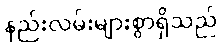
နည်းလမ်းများစွာရှိသည်